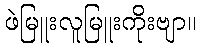
ဖဲမြူးလူမြူးကိုးဗျာ။